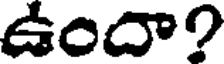
ఉందా?